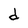
Character: d